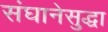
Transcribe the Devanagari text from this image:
संघानेसुद्धा